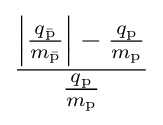
{\frac {\left|{\frac {q_{\bar {\rm {p}}}}{m_{\bar {\rm {p}}}}}\right|-{\frac {q_{\rm {p}}}{m_{\rm {p}}}}}{\frac {q_{\rm {p}}}{m_{\rm {p}}}}}